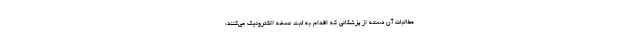
مطالبات آن دسته از پزشکانی که اقدام به ثبت نسخه الکترونیک می‌کنند،